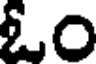
ఓం